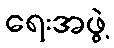
ရေးအဖွဲ့